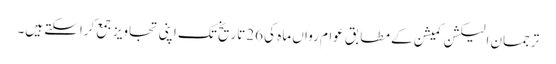
ترجمان الیکشن کمیشن کے مطابق عوام رواں ماہ کی 26تاریخ تک اپنی تجاویز جمع کراسکتے ہیں۔